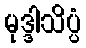
မုဒ္ဒါသိပ္ပံ